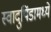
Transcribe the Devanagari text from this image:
स्वादुपिंडामध्ये